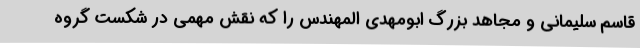
قاسم سلیمانی و مجاهد بزرگ ابومهدی المهندس را که نقش مهمی در شکست گروه